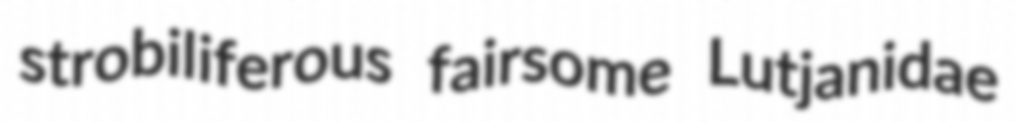
strobiliferous fairsome Lutjanidae